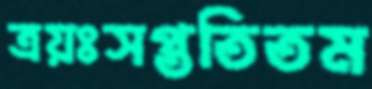
ত্রয়ঃসপ্ততিতম